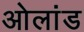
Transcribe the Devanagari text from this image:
ओलांड